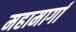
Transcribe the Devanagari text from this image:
महामार्गा